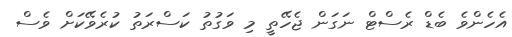
އެހެންވެ ބެޑް ރެސްޓް ނަގަން ޖެހޭތީ މި ވަގުތު ކަސްރަތު ކުރެވޭކަށް ވެސް